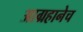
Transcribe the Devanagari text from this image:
आग्रहानेच